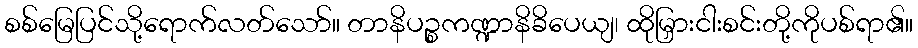
စစ်မြေပြင်သို့ရောက်လတ်သော်။ တာနိပဉ္စကဏ္ဍာနိခိပေယျ၊ ထိုမြှားငါးစင်းတို့ကိုပစ်ရာ၏။